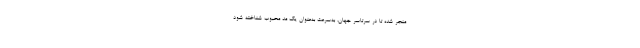
منجر شده تا در سرتاسر جهان، به‌سرعت به‌عنوان یک مد محبوب شناخته شود